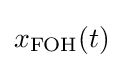
x_{\mathrm {FOH} }(t)